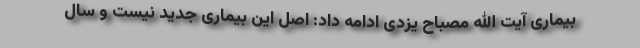
بیماری آیت الله مصباح یزدی ادامه داد: اصل این بیماری جدید نیست و سال